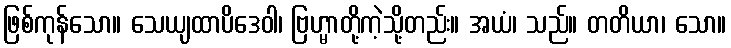
ဖြစ်ကုန်သော။ သေယျထာပိဒေဝါ၊ ဗြဟ္မာတို့ကဲ့သို့တည်း။ အယံ၊ သည်။ တတိယာ၊ သော။